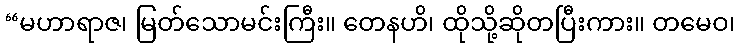
“မဟာရာဇ၊ မြတ်သောမင်းကြီး။ တေနဟိ၊ ထိုသို့ဆိုတပြီးကား။ တမေဝ၊